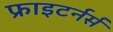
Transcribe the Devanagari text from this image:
फ्राइटर्नर्स